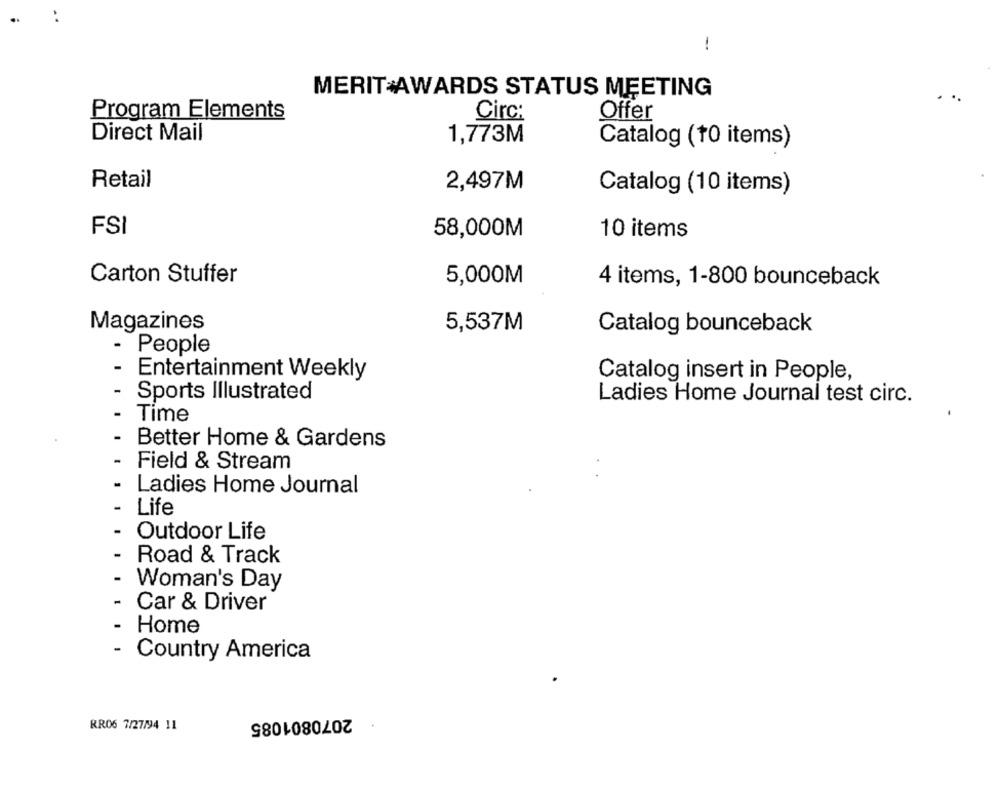
MERIT AWARDS STATUS MEETING
Program Elements
Circ:
Offer
Direct Mail
1,773M
Catalog (10 items)
Retail
2,497M
Catalog (10 items)
FSI
58,000M
10 items
Carton Stuffer
5,000M
4 items, 1-800 bounceback
Magazines
5,537M
Catalog bounceback
People
Entertainment Weekly
Catalog insert in People,
Sports Illustrated
Ladies Home Journal test circ.
Time
Better Home & Gardens
Field & Stream
Ladies Home Journal
Life
Outdoor Life
Road & Track
Woman's Day
Car & Driver
Home
Country America
2070801085
RR06 7/27/94 11